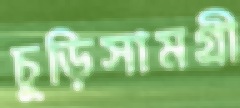
চুড়িসামগ্রী